Vaccine operations Central Provinces 1900-1911 - 1900-1911
Year: 1900
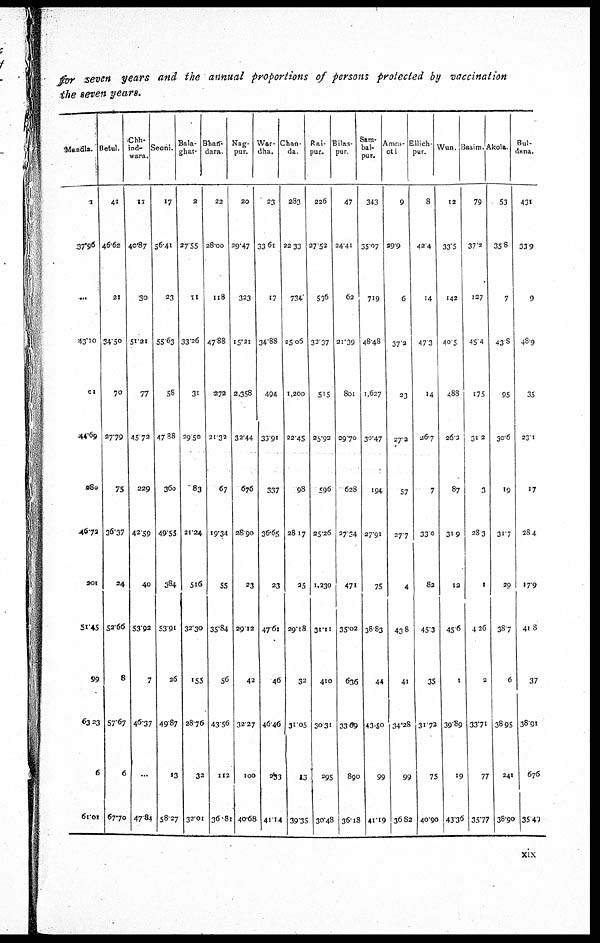
for seven years and the annual proportions of persons protected by vaccination
the seven years.
Mandla.
1
37.96
...
43.10
11
44.69
980
46.72
201
51.45
95
63.23
6
61.01
Betul.
41
46.62
21
34.50
70
27.79
75
36.37
24
52.66
8
57.67
6
67.70
Chh-
ind-
wara.
11
40.87
30
51.21
77
45.72
229
42.59
40
53.92
7
46.37
...
47.84
Seoni.
17
56.41
23
55.63
58
47.88
360
49.55
384
53.91
26
49.87
13
58.27
Bala-
ghat.
2
37.55
11
33.26
31
29.50
83
21.24
516
32.30
153
28.76
33
32.01
Bhan-
dara.
22
28.00
118
47.88
272
21.32
67
19.34
55
35.84
56
43.56
112
36.81
Nag-
pur.
20
29.47
323
15.21
2,358
32.44
676
28.90
23
29.12
42
32.27
100
40.68
War-
dha.
23
33.61
17
34.88
494
33.91
337
36.65
23
47.61
46
46.46
233
41.14
Chan-
da
283
22.33
734
25.06
1,200
22.45
98
28.17
25
29.18
32
31.05
13
39.35
Rai-
pur.
226
27.52
536
32.37
515
25.92
596
25.26
1,230
31.11
410
30.31
295
30.48
Bilas-
pur.
47
24.41
62
21.39
801
29.70
628
27.34
471
35.02
636
33.09
890
36.18
Sam-
bal-
pur.
343
35.07
719
48.48
1,627
30.47
194
27.91
75
38.83
44
43.50
99
41.19
Amra-
oti.
9
39.9
6
37.2
23
27.2
57
27.7
4
43.8
41
34.28
99
36.82
Ellich-
pur.
8
42.4
14
47.3
14
26.7
7
33.0
82
45.3
35
31.72
75
40.90
Wun.
12
33.5
142
40.5
488
26.3
87
31.9
12
45.6
1
39.89
19
43.36
Basim.
79
37.2
127
45.4
175
31.2
3
28.3
1
4.26
2
33.71
77
35.77
Akola
53
35.8
7
43.8
95
30.6
19
31.7
29
38.7
6
38.95
241
38.90
Bul-
dana.
431
33.9
9
48.9
35
23.1
17
28.4
179
41.8
37
38.91
676
35.49
xix